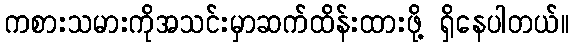
ကစားသမားကိုအသင်းမှာဆက်ထိန်းထားဖို့ ရှိနေပါတယ်။